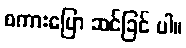
စကားပြော ဆင်ခြင် ပါ။